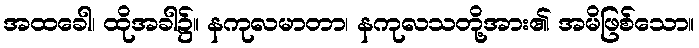
အထခေါ၊ ထိုအခါ၌။ နကုလမာတာ၊ နကုလသတို့အား၏ အမိဖြစ်သော။